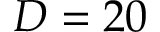
D = 2 0